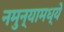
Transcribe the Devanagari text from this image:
नमुन्यामध्ये